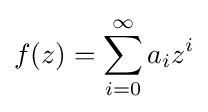
f(z)=\sum _{i=0}^{\infty }a_{i}z^{i}